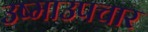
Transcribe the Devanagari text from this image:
उष्माउपचार